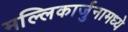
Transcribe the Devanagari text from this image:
मल्लिकार्जुनामध्ये